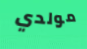
مولدي